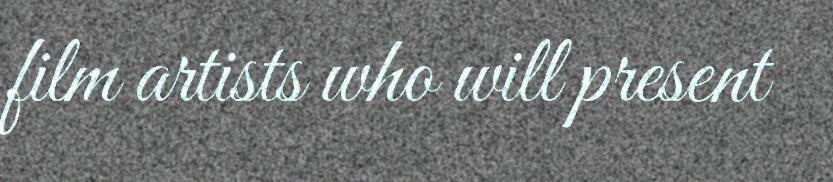
film artists who will present